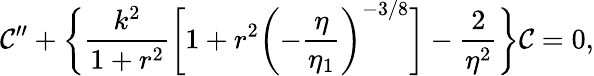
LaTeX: {\cal\mathcal{C}}^{\prime\prime}+\biggl\{ \frac{{k^{2}}}{{1+r^{2}}}\biggl[1+r^{2}\biggl(-\frac{{\eta}}{{\eta_{1}}}\biggr)^{-3/8}\biggr]-\frac{{2}}{{\eta^{2}}}\biggr\} {\cal\mathcal{C}}=0,